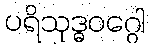
ပရိသုဒ္ဓဝဂ္ဂေါ